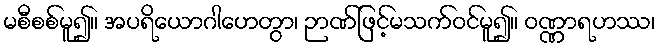
မစီစစ်မူ၍။ အပရိယောဂါဟေတွာ၊ ဉာဏ်ဖြင့်မသက်ဝင်မူ၍။ ဝဏ္ဏာရဟဿ၊